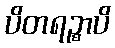
ပိတရဉ္စာပိ